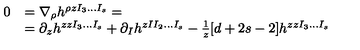
\begin{array} { r l } { 0 } & { = \nabla _ { \rho } h ^ { \rho z I _ { 3 } \ldots I _ { s } } = } \\ { } & { = \partial _ { z } h ^ { z z I _ { 3 } \ldots I _ { s } } + \partial _ { I } h ^ { z I I _ { 2 } \ldots I _ { s } } - { \frac { 1 } { z } } [ d + 2 s - 2 ] h ^ { z z I _ { 3 } \ldots I _ { s } } } \\ \end{array}